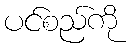
ပင်စည်ကို